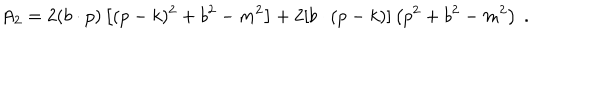
A _ { 2 } = 2 ( b \cdot p ) \left[ ( p - k ) ^ { 2 } + b ^ { 2 } - m ^ { 2 } \right] + 2 [ b \cdot ( p - k ) ] \left( p ^ { 2 } + b ^ { 2 } - m ^ { 2 } \right) \ .